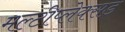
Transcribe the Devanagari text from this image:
मल्टीप्लेक्सड